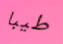
طيبا